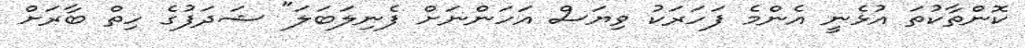
ކޮންތާކުތަ އުޅެނީ އެންމެ ފަހަރަކު ވިޔަސް އަހަންނަށް ފެނިލަބަލަ" ޝަދަފުގެ ހިތް ބާރަށް